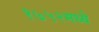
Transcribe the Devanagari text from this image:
१७५२मध्ये